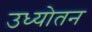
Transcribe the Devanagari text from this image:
उध्योतन